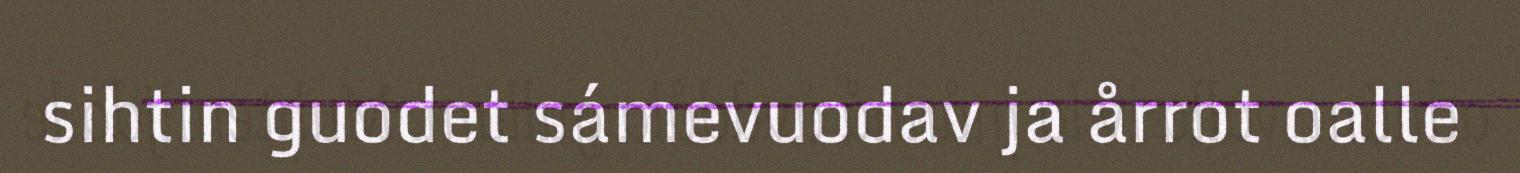
sihtin guodet sámevuodav ja årrot oalle